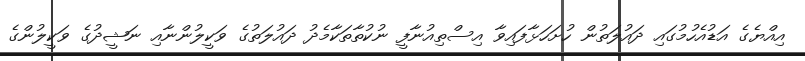
އިއްޔެގެ އަޑުއެހުމުގައި ދައުލަތުން ހުށަހަޅާފައިވާ އިސްތިއުނާފީ ނުކުތާތަކާމެދު ދައުލަތުގެ ވަކީލުންނާއި ނަޝީދުގެ ވަކީލުންގެ